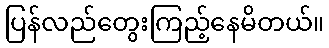
ပြန်လည်တွေးကြည့်နေမိတယ်။